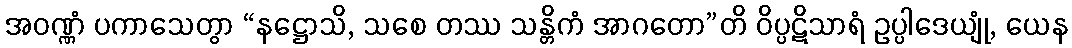
အဝဏ္ဏံ ပကာသေတွာ “နဋ္ဌောသိ, သစေ တဿ သန္တိကံ အာဂတော”တိ ဝိပ္ပဋိသာရံ ဥပ္ပါဒေယျုံ, ယေန